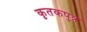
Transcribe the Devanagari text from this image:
कृतकपुत्र